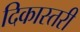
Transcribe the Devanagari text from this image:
दिकास्तरी